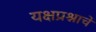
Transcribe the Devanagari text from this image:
यक्षप्रश्नाचें